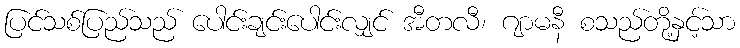
ပြင်သစ်ပြည်သည် ပေါင်းချင်းပေါင်းလျှင် အီတလီ၊ ဂျာမနီ စသည်တို့နှင့်သာ